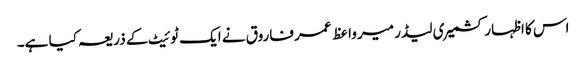
اس کا اظہار کشمیر ی لیڈر میر واعظ عمر فاروق نے ایک ٹوئیٹ کے ذریعہ کیا ہے۔